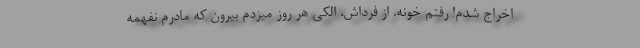
اخراج شدم! رفتم خونه. از فرداش، الکی هر روز میزدم بیرون که مادرم نفهمه